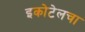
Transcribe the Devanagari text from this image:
इकोटेलचा